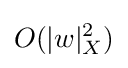
O(|w|_{X}^{2})